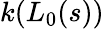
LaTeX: k(L_{0}(s))